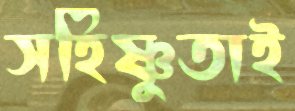
সহিষ্ণুতাই